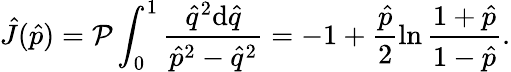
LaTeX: \hat{J}(\hat{p})={\cal P}\int_{0}^{1}\frac{\hat{q}^{2}\mathrm{d}\hat{q}}{\hat{p}^{2}-\hat{q}^{2}}=-1+\frac{\hat{p}}{2}\ln{\frac{1+\hat{p}}{1-\hat{p}}}.